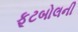
ફૂટબોલની